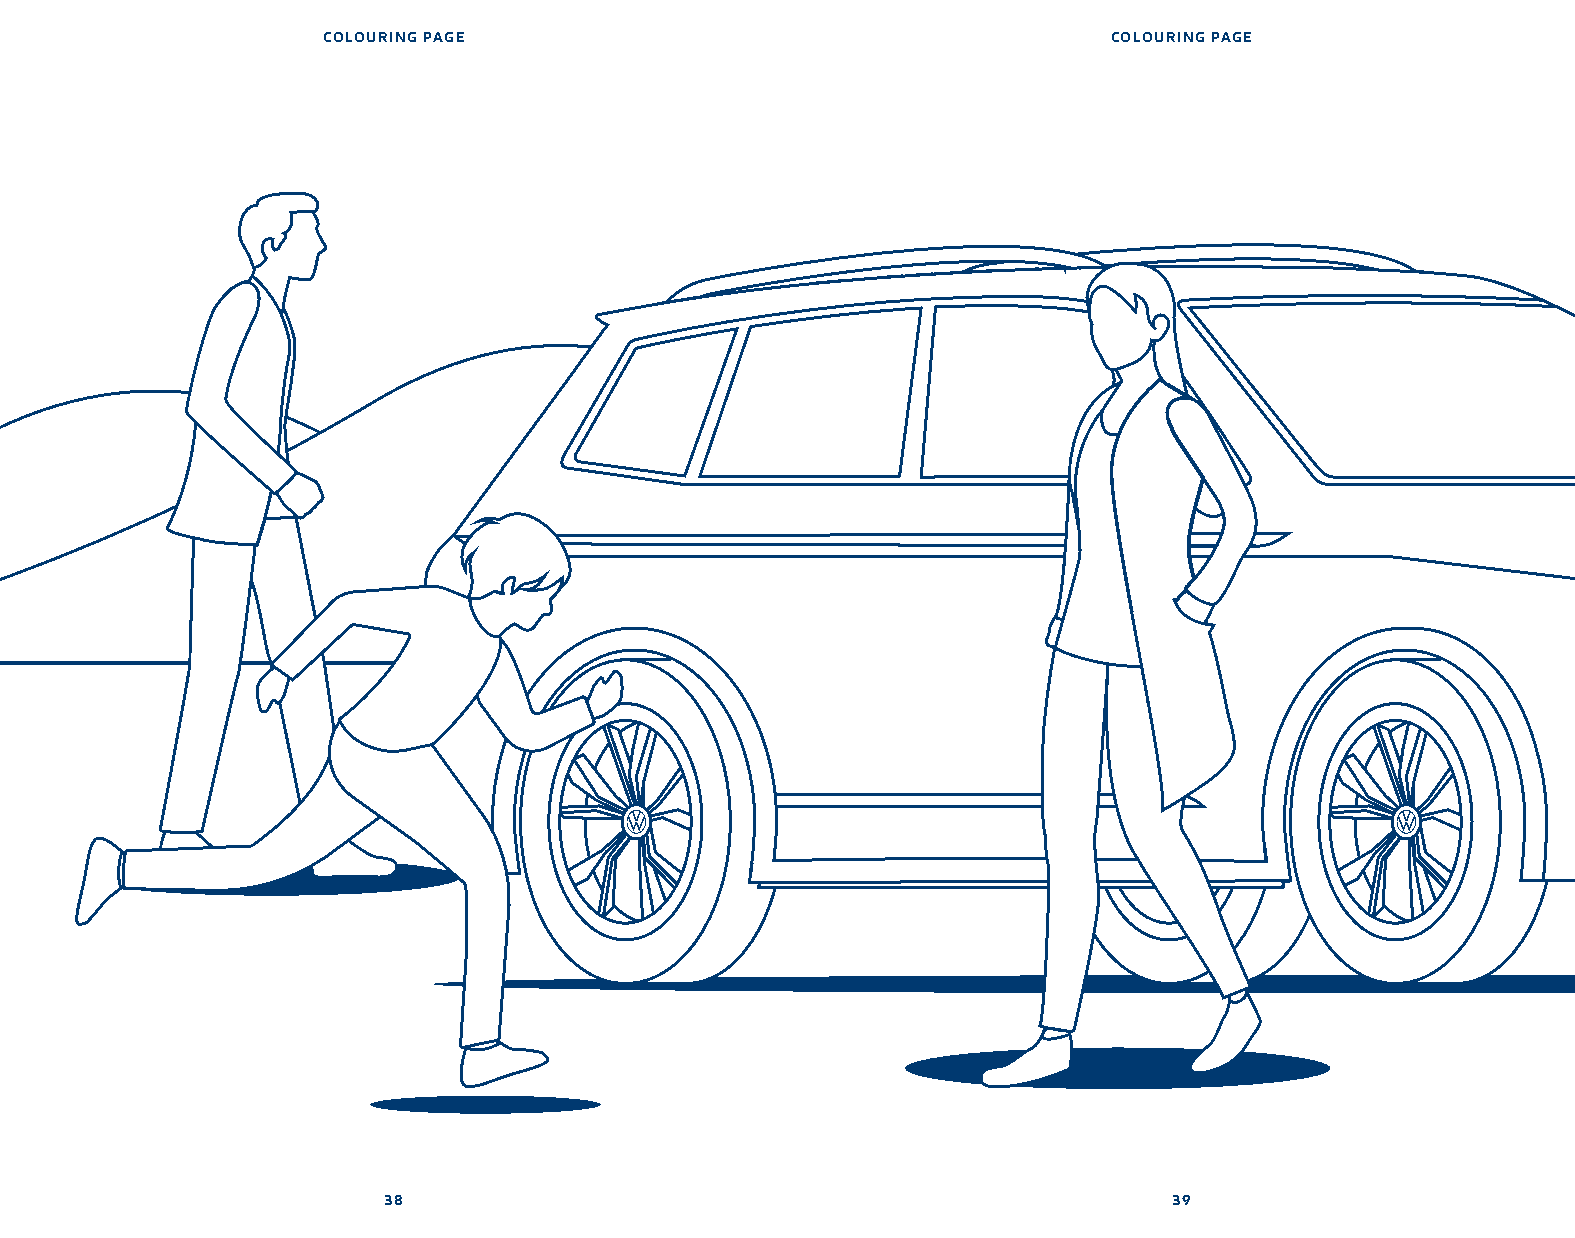
COLOURING PAGE                                       COLOURING PAGE
 38                                                   39